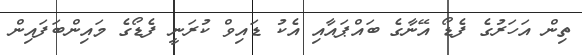
ތިން އަހަރުގެ ފެޑޯ އޭނާގެ ބައްޕައާއި އެކު ޑައިވް ކުރަނީ ފެޑޯގެ މައިންބަފައިން